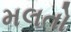
મલતો